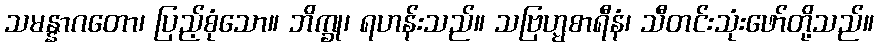
သမန္နာဂတော၊ ပြည့်စုံသော။ ဘိက္ခု၊ ရဟန်းသည်။ သဗြဟ္မစာရီနံ၊ သီတင်းသုံးဖော်တို့သည်။